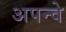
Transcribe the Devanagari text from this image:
अपन्वे